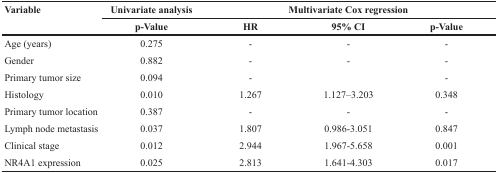
<table><thead><tr><td rowspan="2"><b>Variable</b></td><td><b>Univariate analysis</b></td><td colspan="3"><b>Multivariate Cox regression</b></td></tr><tr><td><b>p-Value</b></td><td><b>HR</b></td><td><b>95% CI</b></td><td><b>p-Value</b></td></tr></thead><tbody><tr><td>Age (years)</td><td>0.275</td><td>-</td><td>-</td><td>-</td></tr><tr><td>Gender</td><td>0.882</td><td>-</td><td>-</td><td>-</td></tr><tr><td>Primary tumor size</td><td>0.094</td><td>-</td><td>[EMPTY_CELL]</td><td>-</td></tr><tr><td>Histology</td><td>0.010</td><td>1.267</td><td>1.127–3.203</td><td>0.348</td></tr><tr><td>Primary tumor location</td><td>0.387</td><td>-</td><td>-</td><td>-</td></tr><tr><td>Lymph node metastasis</td><td>0.037</td><td>1.807</td><td>0.986-3.051</td><td>0.847</td></tr><tr><td>Clinical stage</td><td>0.012</td><td>2.944</td><td>1.967-5.658</td><td>0.001</td></tr><tr><td>NR4A1 expression</td><td>0.025</td><td>2.813</td><td>1.641-4.303</td><td>0.017</td></tr></tbody></table>